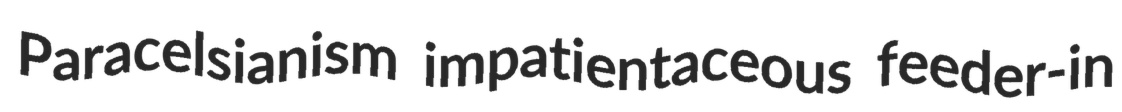
Paracelsianism impatientaceous feeder-in